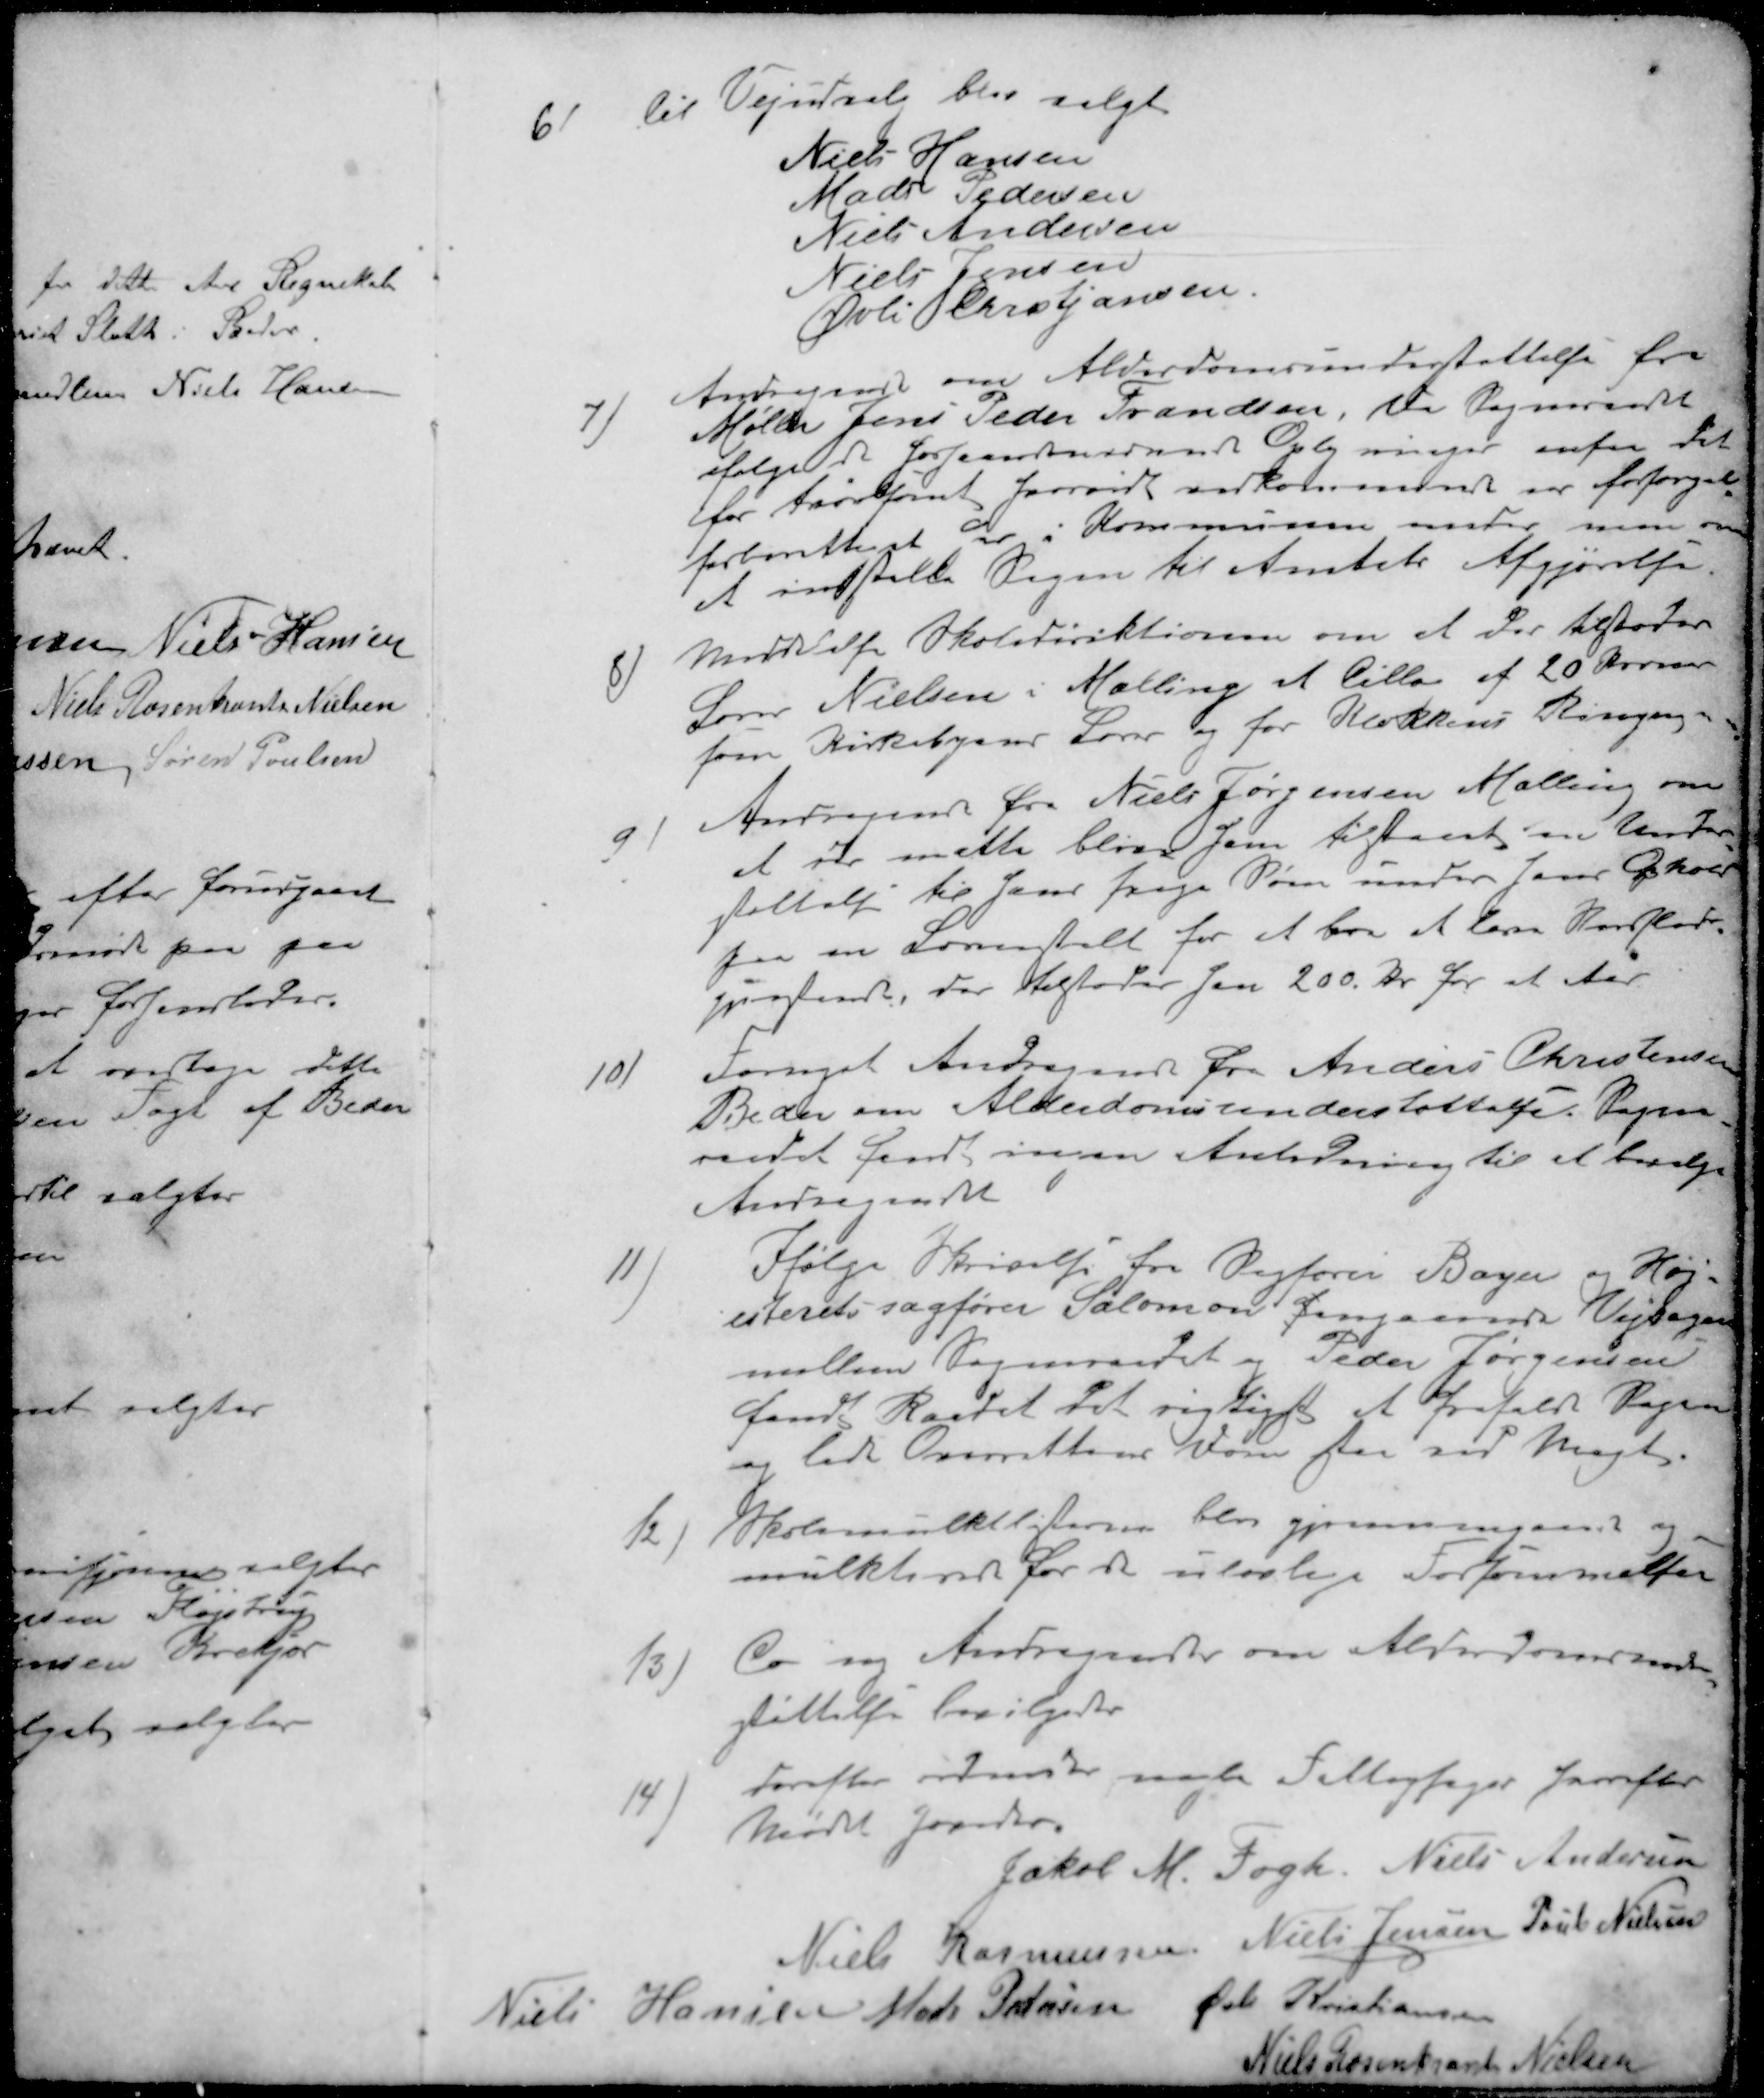
Transskription:
6 ) til Vejudvalg blev valgt
Niels Hansen
Mads Pedersen
Niels Andersen
Niels Jensen
Øvli Christjansen.
7 Andragende om Alderdomsunderstøttelse fra
Møller Jens Peder Frandsen, da Sogneraadet
ifølge de forhaandenværende Oplysninger ansaa det
for tvivlsomt  vedkommende var forsørgel
sesberettiget her i Kommunen enedes man om
at indstille Sagen til Amtets Afgjørelse
8 Meddelelse Skoledirektionen om at der tilførtes
Lærer Nielsen i Malling et Tillag af 20 Kroner
som Kirketjener Løn og for Klokkens Ringen
9) Andragende fra Niels Jørgensen Malling om
at der maatte blive ham tilstaaet en Under
støttelse til hans svage Børn under hans Ophold
paa en Læreanstalt for at lære at lære Nordflamske
sprogtoner, der tilstodes ham 200 kr. for et Aar
10 ) Fornyet Andragende fra Anders Christensen
Beder om Alderdomsunderstøttelse. Sogne
raadet fandt ingen Anledning til et bevilge
Andragendet
11 ) Ifølge Skrivelse fra Sagfører Bager og Høj-
esterets sagfører Salomon J angaaende Vejsagen
mellem Sogneraadet og Peder Jørgensen
fandt Raadet det rigtigst at frafald Regne
og lade Overrettens Børn staa ved Magt
12 ) Skolemulktlisterne blev gjennemgaaet og
mulkterne for de ulovlige Forsømmelser
13 ) Co ny Andragende om Alderdomsunder
støttelse bevilgedes
14) derefter ordnedes nogle Fattigsager hvorefter
Mødet hævedes
Jakob M. Fogh
Niels Andersen
Niels Rasmussen
Niels Jensen
Poul Nielsen
Niels Hansen
Mads Pedersen
Øvli Kristiansen
Niels Rosenkrans Nielsen